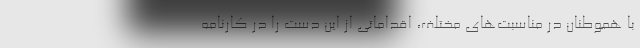
با هموطنان در مناسبت‌های مختلف، اقداماتی از این دست را در کارنامه